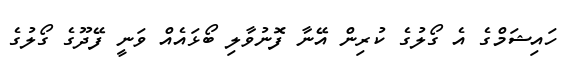
ހައިޝަމްގެ އެ ގޯލުގެ ކުރިން އޭނާ ފޮނުވާލި ބޯޅައެއް ވަނީ ފޭދޫގެ ގޯލުގެ